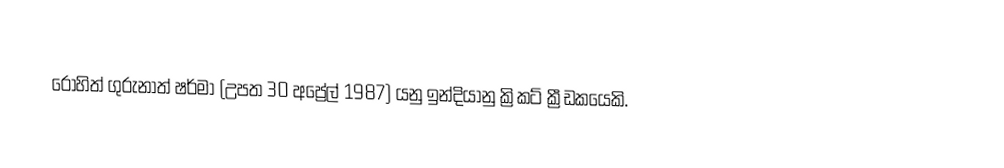
රෝහිත් ගුරුනාත් ෂර්මා (උපත 30 අප්‍රේල් 1987) යනු ඉන්දියානු ක්‍රිකට් ක්‍රීඩකයෙකි.